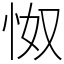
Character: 怓